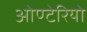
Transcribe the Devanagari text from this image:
ओण्टेरियो